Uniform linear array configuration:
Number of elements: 16
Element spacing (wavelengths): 0.5
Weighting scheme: uniform
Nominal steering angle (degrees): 15
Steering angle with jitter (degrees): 16.342
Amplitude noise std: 0.05
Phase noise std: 0.05

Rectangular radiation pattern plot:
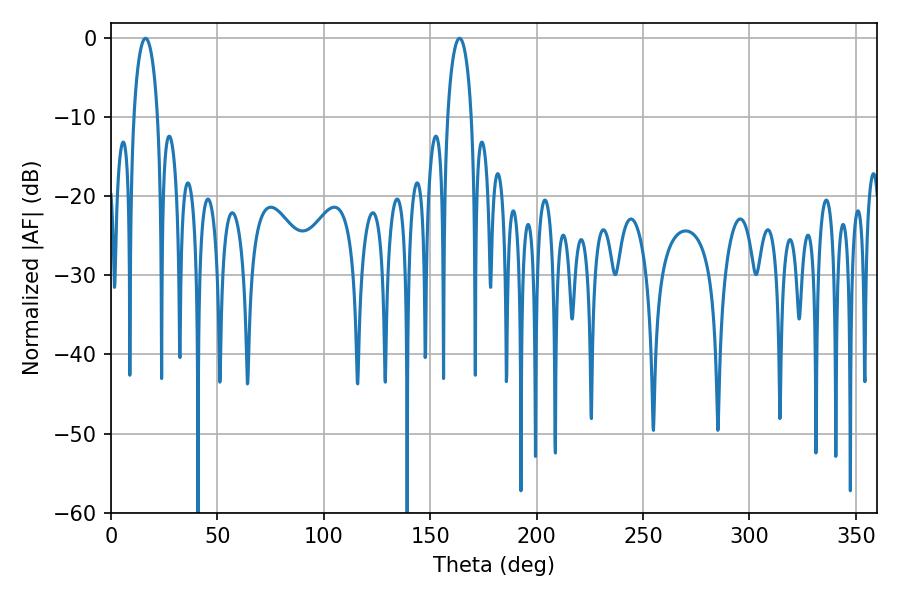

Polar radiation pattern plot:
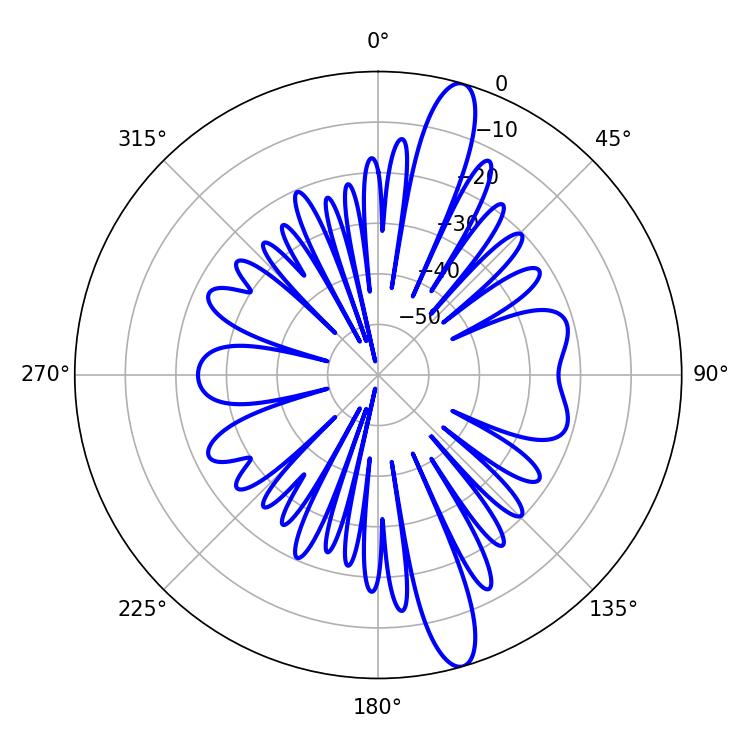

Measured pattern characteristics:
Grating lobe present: FALSE
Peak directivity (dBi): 14.352
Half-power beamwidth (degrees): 6.48
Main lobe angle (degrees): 16.2